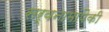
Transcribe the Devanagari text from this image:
सर्वनामांपैकी